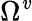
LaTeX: \Omega^{\mathit{v}}